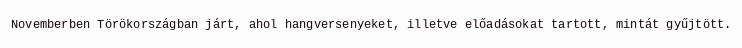
Novemberben Törökországban járt, ahol hangversenyeket, illetve előadásokat tartott, mintát gyűjtött.